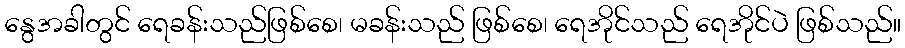
နွေအခါတွင် ရေခန်းသည်ဖြစ်စေ၊ မခန်းသည် ဖြစ်စေ၊ ရေအိုင်သည် ရေအိုင်ပဲ ဖြစ်သည်။